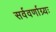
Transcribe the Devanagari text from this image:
सर्ववर्णाग्र्यः